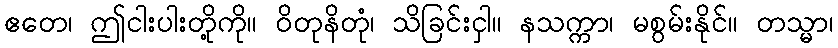
ဧတေ၊ ဤငါးပါးတို့ကို။ ဝိတုနိတုံ၊ သိခြင်းငှါ။ နသက္ကာ၊ မစွမ်းနိုင်။ တသ္မာ၊